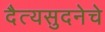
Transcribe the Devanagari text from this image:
दैत्यसुदनेचे